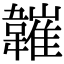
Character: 𩏘